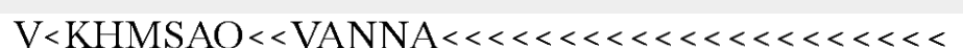
V<KHMSAO<<VANNA<<<<<<<<<<<<<<<<<<<<<